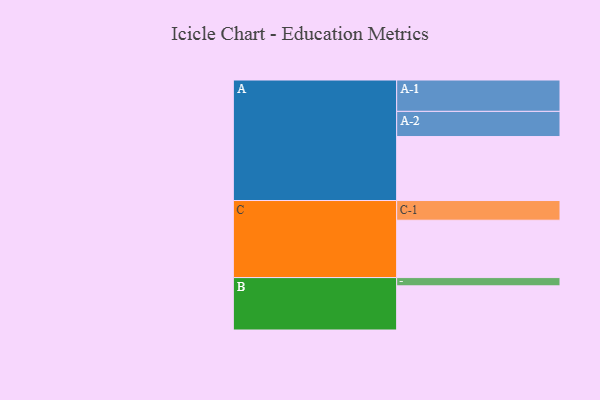
{"axis": {"x": "Segment", "y": "Value"}, "legend": ["", "A", "B", "C"], "data": [{"x": "A", "y": 465, "type": ""}, {"x": "B", "y": 321, "type": ""}, {"x": "C", "y": 417, "type": ""}, {"x": "A-1", "y": 228, "type": "A"}, {"x": "A-2", "y": 183, "type": "A"}, {"x": "B-1", "y": 60, "type": "B"}, {"x": "C-1", "y": 143, "type": "C"}]}